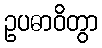
ဥပဓာဝိတွာ